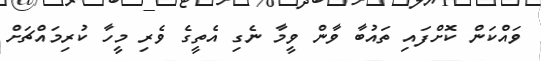
ވައްކަން ކޮށްފައި ތައުބާ ވާން ވީމާ ނެގި އެތީގެ ވެރި މީހާ ކުރިމައްޗަށް